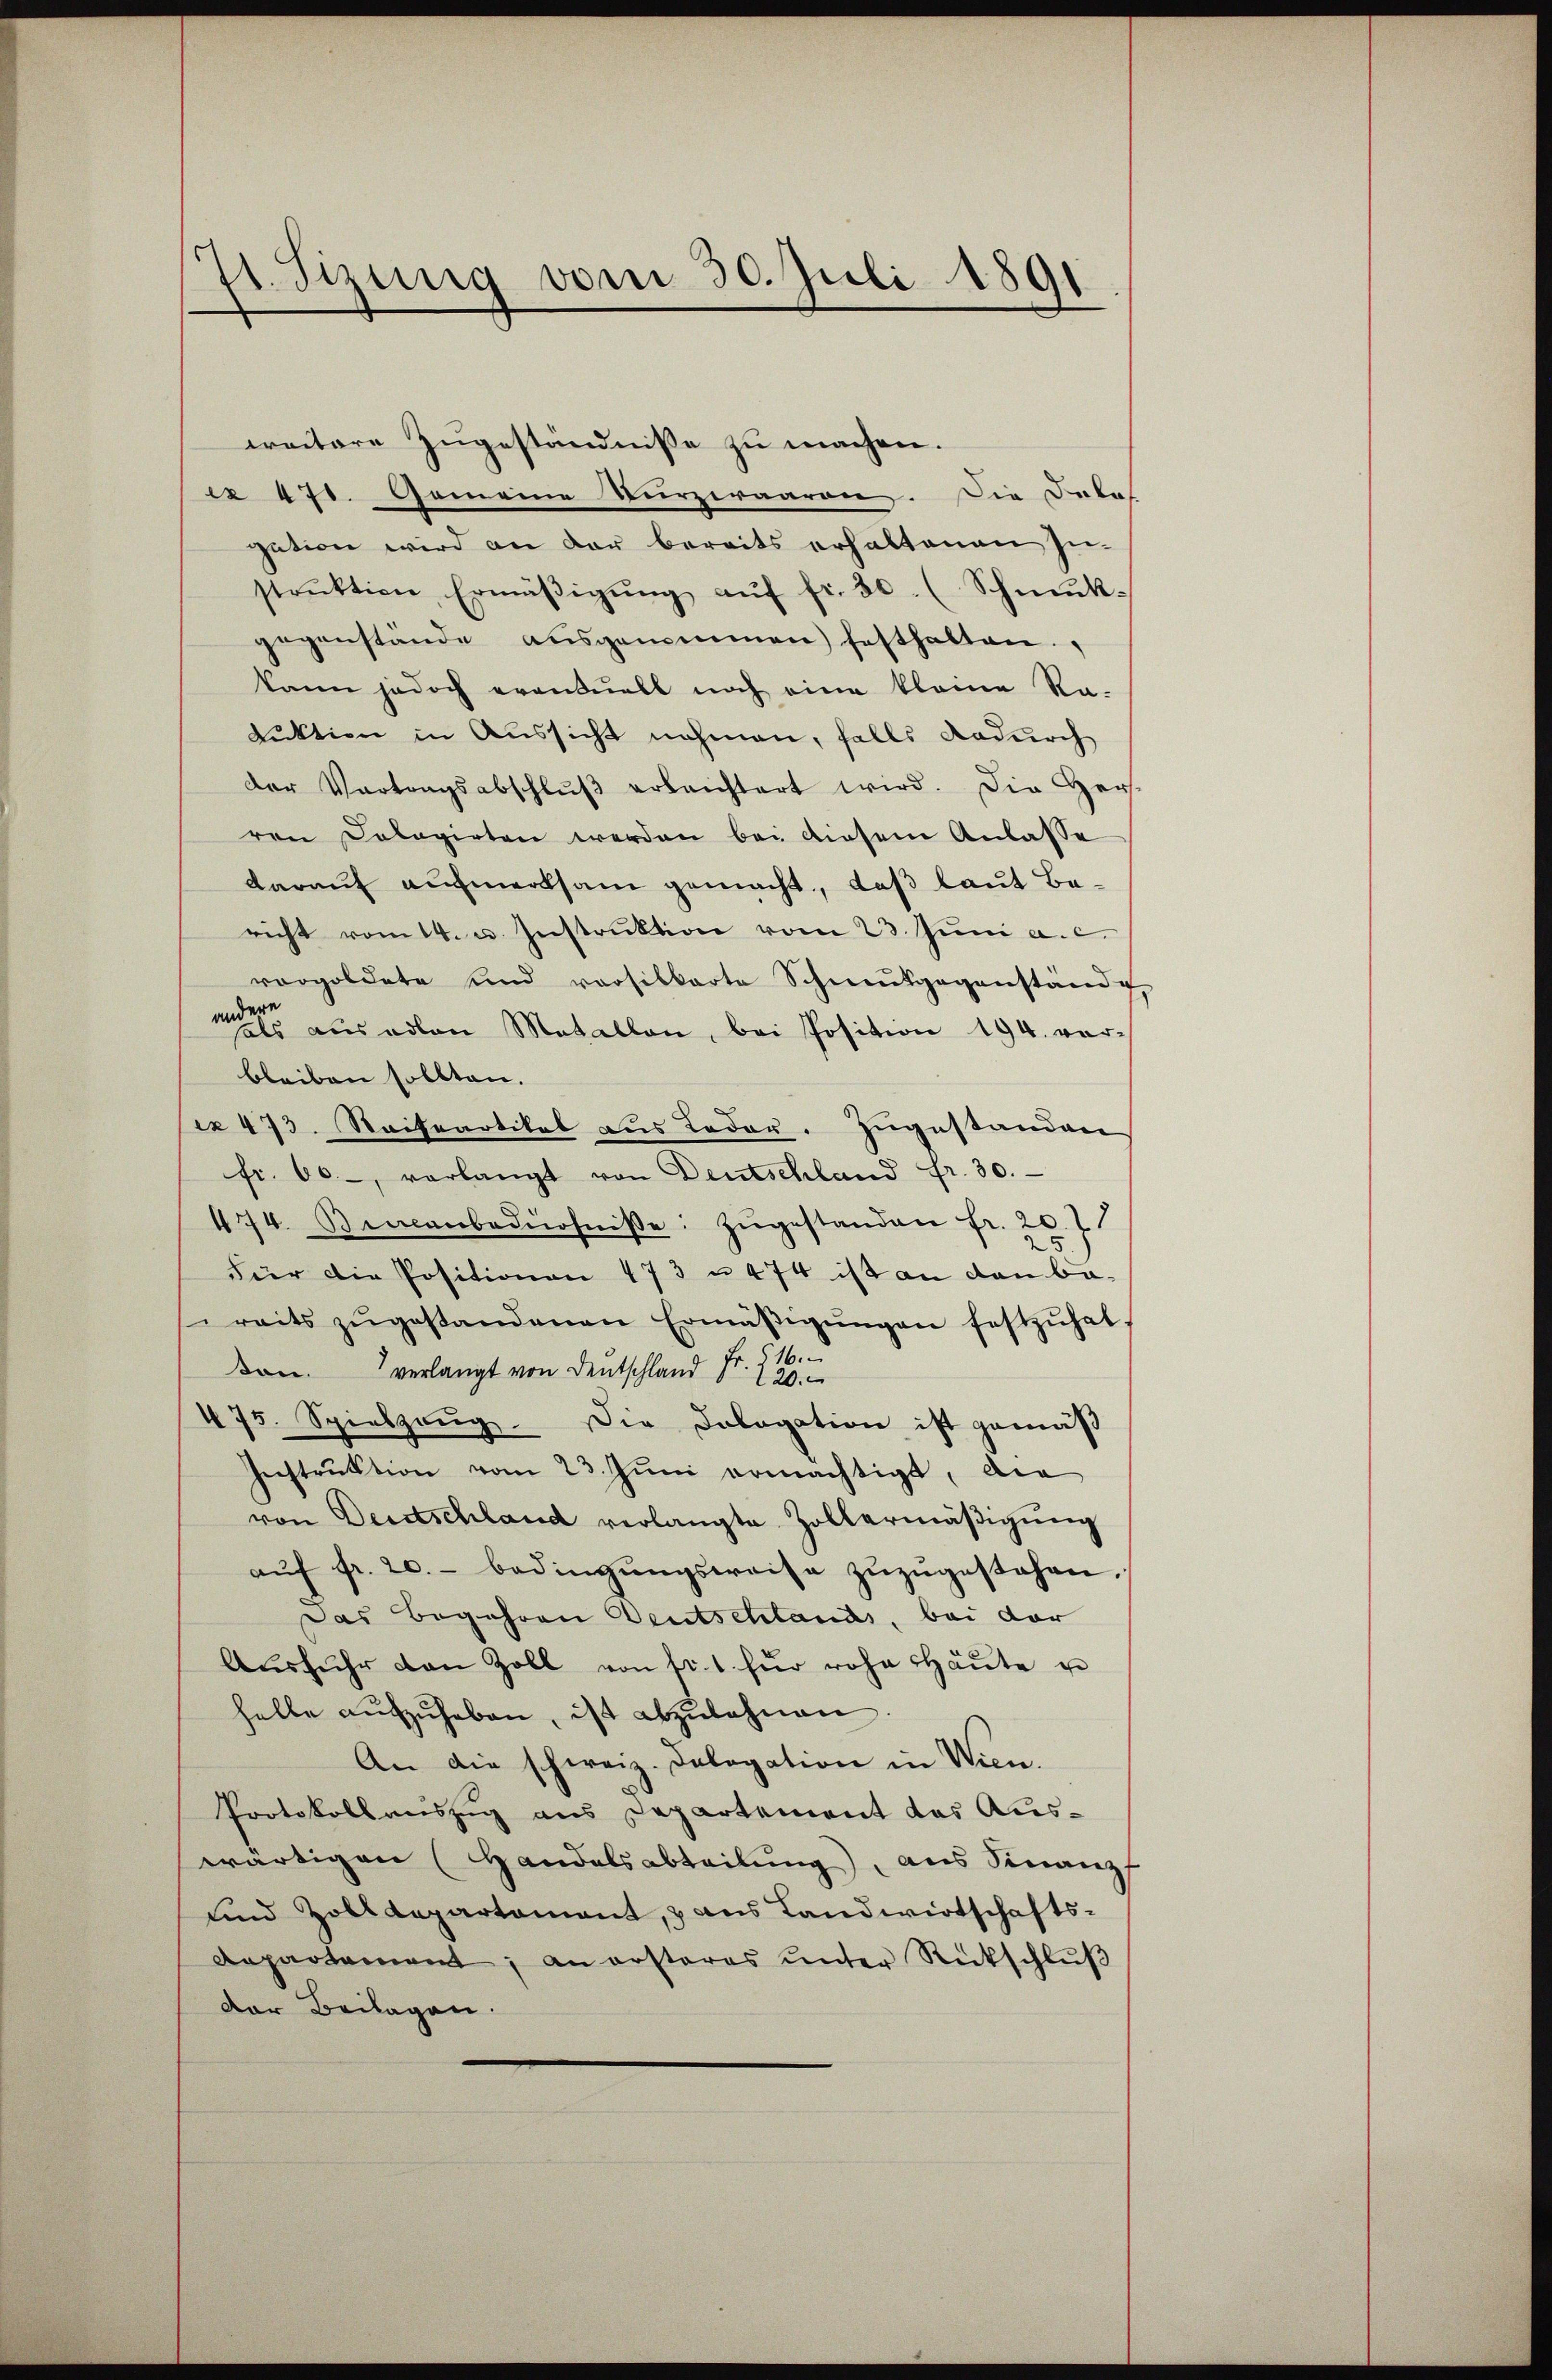
71. Fizung vom 30. Juli 1891

weitere Zugeständnisse zu machen.
e 470. Gemeine Turzeraaren. Die Delas
gation wird an der bereits erhaltenen In-
strŭktion, Ermäβigŭng aŭf fr. 30. (Schmuk-
gegenstände aŭsgenommen festhalten.
kann jedoch erandelt noch eine kleine Ra-
Luktion in Aussicht nahmen, falls dadurch
der Vertragsabschlŭβ erleichtert wird. Die Her-
ren Dolagirten werden bei diesem Anlasse
darauf aufmerksam gemacht, daß laut Bericht vom 14. u. Instruktion vom 23. Juni a. c.
vorgoldete und vorsitkarte Schnentgegenstände
m aŭs edlen Metallen, bei Position 194. vor-
bleiben sollten.
ex 473. Raifeartikel aus Leder. Zugestanden
fr. 60, verlangt von Deutschland fr. 30.
474. Bencanbedürfnisse zŭgestanden Fr. 20. 7
Für die Positionen 473 u 474 ist an den be-
reits zŭgestandenen Ermäβigŭngen festzŭhat-
denverlangt von Deutschland Fr. Za
475. Spielzeŭg. Die Dologation ist gemäβ
Ienstrŭktion vom 23. Juni ermächtigt, die
von Deutschland verlangte Zollermäβigŭng
aŭf fr. 20.- bedingŭngsweise zŭzŭgestehen,
Das Begehren Deutschlands, bei der
Aŭsführ den Zoll von fl. 1. für rohe Thäŭte u
helle aŭfzŭheben, ist abzulehnen.
An die schweiz. Delegation in Wien.
Protokollauszug aus Departement das Auswärtigen (Handelsabteilung, aus Finanz
und Zolldepartament, & aus Landwirtschafts-
Departement; an ersteres unter Rückschlŭβ
der Beilagen.